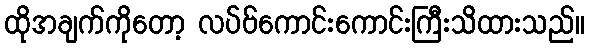
ထိုအချက်ကိုတော့ လပ်ဗ်ကောင်းကောင်းကြီးသိထားသည်။